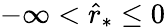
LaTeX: -\infty<\hat{r}_{*}\le 0